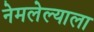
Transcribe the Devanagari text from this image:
नेमलेल्याला